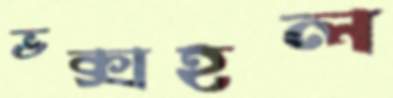
ভক্সহল